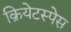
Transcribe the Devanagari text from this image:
क्रियेटस्पेस